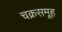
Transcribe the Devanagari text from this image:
चक्रसमूह